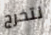
لتخرج